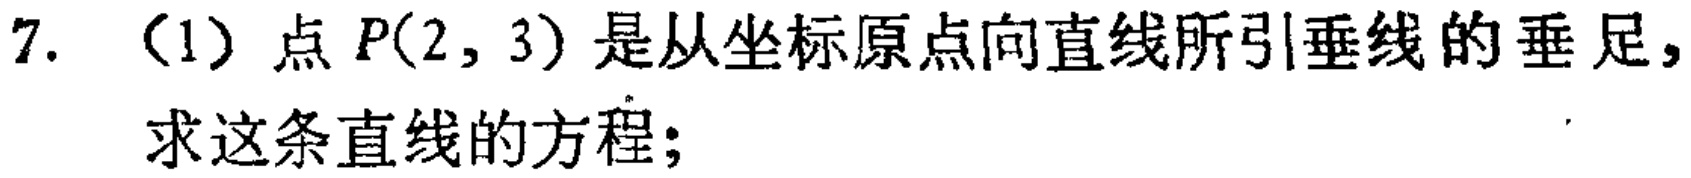
7. （1）点 \(P(2,3)\) 是从坐标原点向直线所引垂线的垂足，求这条直线的方程；